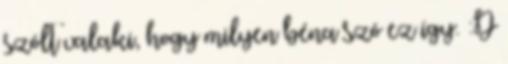
szólt valaki, hogy milyen béna szó ez így. :D